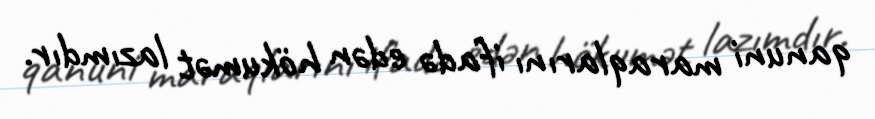
qanuni maraqlarını ifadə edən hökumət lazımdır.